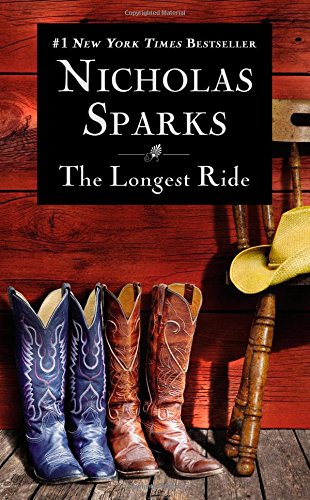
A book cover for The Longest Ride; Nicholas Sparks; Romance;